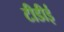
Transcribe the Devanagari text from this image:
टीडीई